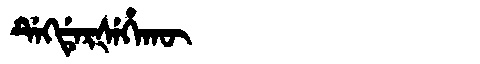
Manchu: ᡩᡝᡴᡩᡝᡵᡧᡝᡥᠠᡴᡡ
Romanization: DEKDERŠEHAKŪ